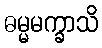
ဓမ္မမက္ခာသိ